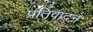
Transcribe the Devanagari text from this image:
प्रतिवादन